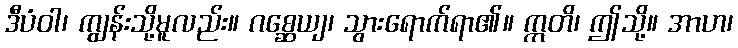
ဒီပံဝါ၊ ကျွန်းသို့မူလည်း။ ဂစ္ဆေယျ၊ သွားရောက်ရာ၏။ ဣတိ၊ ဤသို့။ အာဟ၊